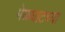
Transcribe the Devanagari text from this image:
मेळघाटच्या